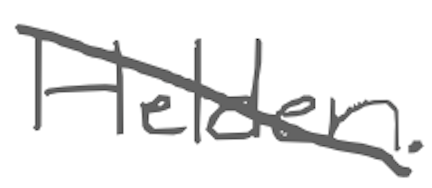
Text: Helden.
Cross-out: diagonal
Writing tool: digital_gray